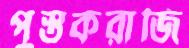
পুস্তকরাজি